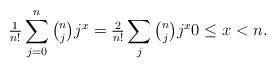
\begin{align*}{\tfrac1{n!}}\sum_{j=0}^n\tbinom njj^x={\tfrac2{n!}}\sum_{j}\tbinom njj^x0\le x<n.\end{align*}